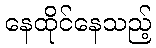
နေထိုင်နေသည့်